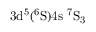
\mathrm { 3 d ^ { 5 } ( ^ { 6 } S ) 4 s \ ^ { 7 } S _ { 3 } }